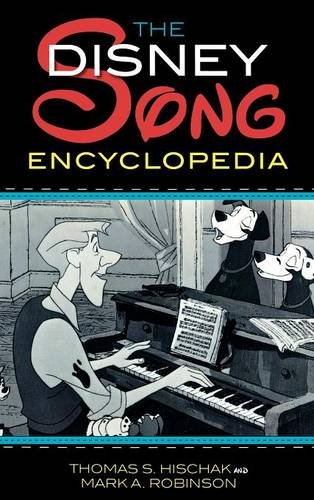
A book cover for The Disney Song Encyclopedia; Thomas Hischak; Humor & Entertainment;